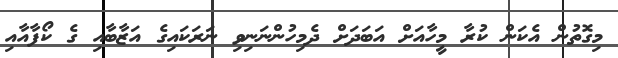
މިގޮތުން އެކަން ކުރާ މީހާއަށް އަބަދަށް ދެމިހުންނަނިވި ނަރަކައިގެ އަޒާބާއި ގެ ކޯފާއާއި